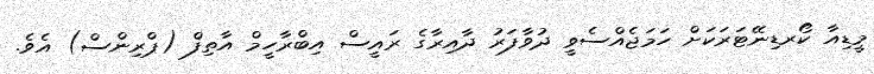
މީޑިއާ ކޯރޑިނޭޓަރަކަށް ހަމަޖެއްސެވީ ދުވާފަރު ދާއިރާގެ ރައީސް އިބްރާހީމް އާތިފް (ޕްރިންސް) އެވެ.